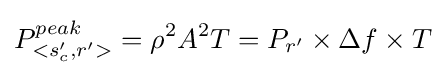
P_{<s_{c}',r'>}^{peak}=\rho ^{2}A^{2}T=P_{r'}\times \Delta f\times T